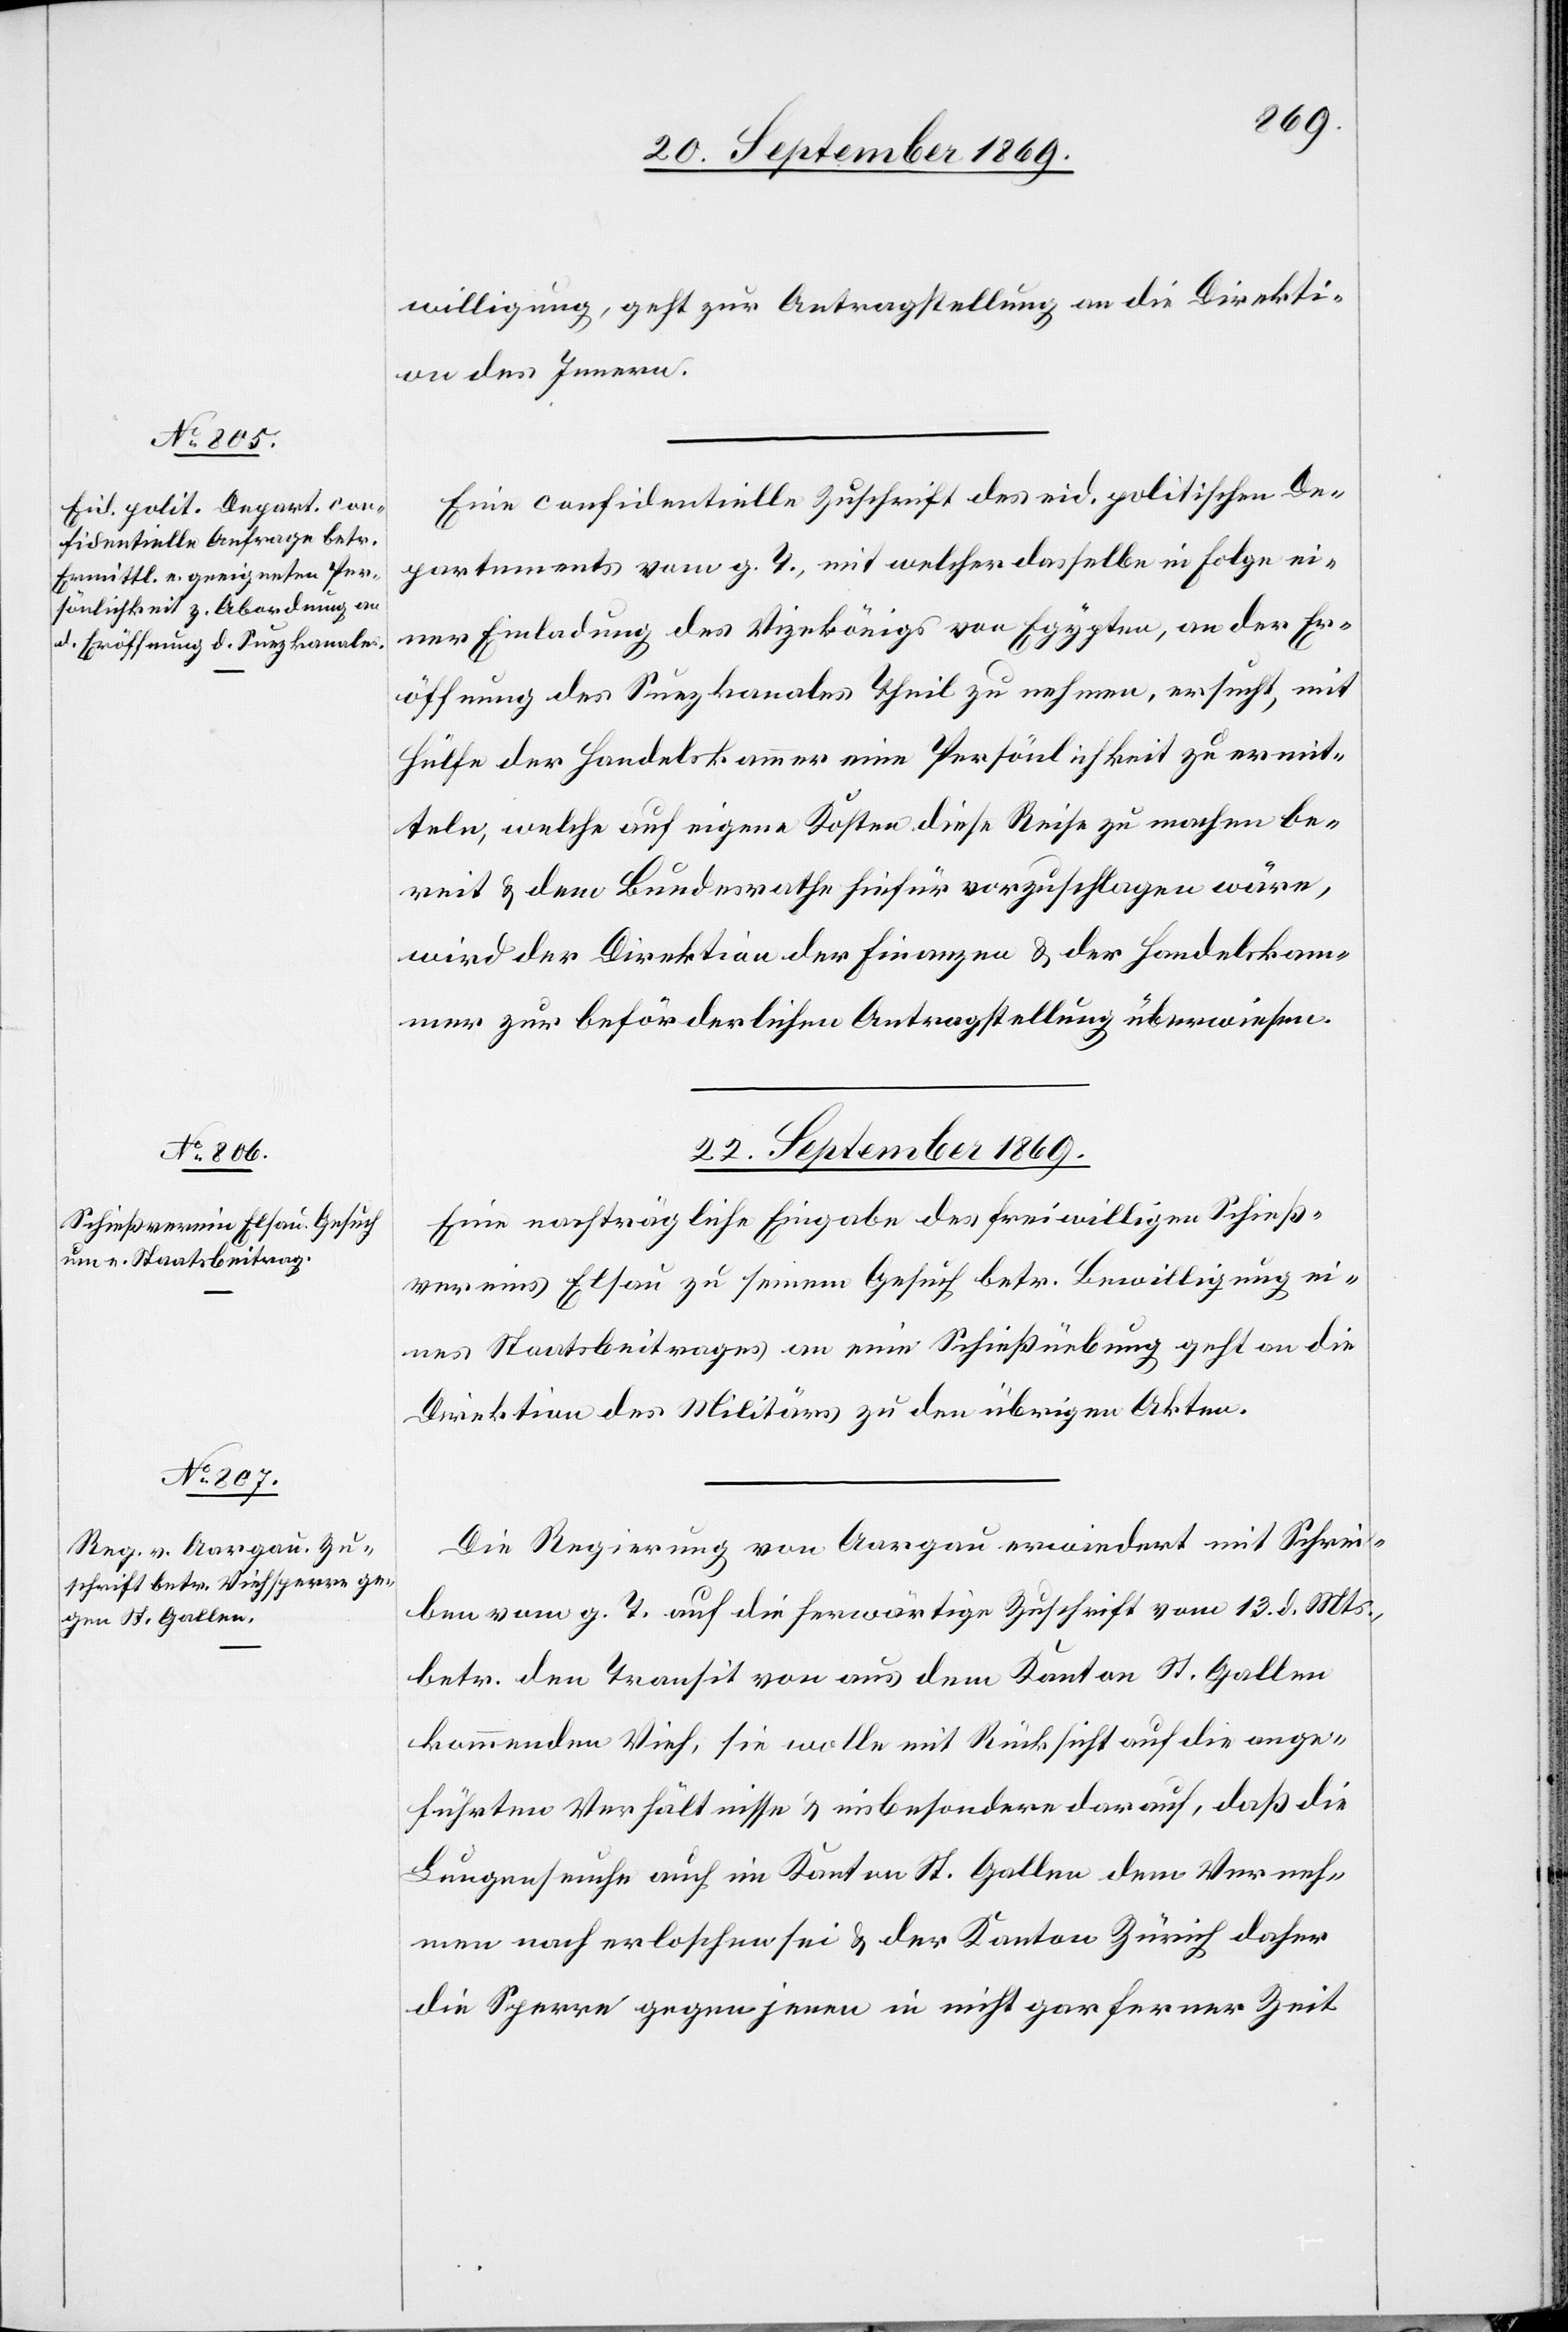
willigung, geht zur Antragstellung an die Direkti¬
on des Innern.
Eine confidentielle Zuschrift des eid. politischen De¬
partements vom g. T., mit welcher dasselbe in Folge ei¬
ner Einladung des Vizekönigs von Egypten, an der Er¬
öffnung des Suezkanales Theil zu nehmen, ersucht, mit
Hülfe der Handelskammer eine Persönlichkeit zu ermit¬
teln, welche auf eigene Kosten diese Reise zu machen be¬
reit & dem Bundesrathe hiefür vorzuschlagen wäre,
wird der Direktion der Finanzen & der Handelskam¬
mer zur beförderlichen Antragstellung überweisen.
22. September 1869.]
Eine nachträgliche Eingabe des freiwilligen Schieß¬
vereins Elsau zu seinem Gesuch betr. Bewilligung ei¬
nes Staatsbeitrages an eine Schießübung geht an die
Direktion des Militärs zu den übrigen Akten.
Die Regierung von Aargau erwiedert mit Schrei¬
ben vom g. T. auf die herwärtige Zuschrift vom 13. d. Mts.,
betr. den Transit von aus dem Kanton St. Gallen
kommendem Vieh, sie wolle mit Rücksicht auf die ange¬
führten Verhältnisse & insbesondere darauf, daß die
Lungenseuche auch im Kanton St. Gallen dem Verneh¬
men nach erloschen sei & der Kanton Zürich daher
die Sperre gegen jenen in nicht gar ferner Zeit